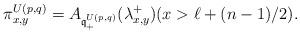
LaTeX: \begin{align*} \pi^{U(p,q)}_{x,y} = A_{{\mathfrak q}^{U(p,q)}_+}(\lambda^+_{x,y}) (x > \ell + (n-1)/2).\end{align*}